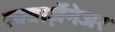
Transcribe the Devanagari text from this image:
स्क्वार्ज़ेनेजर